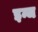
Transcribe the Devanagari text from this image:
इन्ज